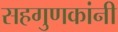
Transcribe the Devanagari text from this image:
सहगुणकांनी